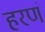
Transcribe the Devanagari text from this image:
हरणं